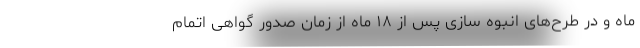
ماه و در طرح‌های انبوه سازی پس از ۱۸ ماه از زمان صدور گواهی اتمام